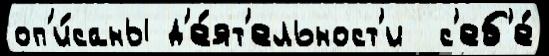
оп'и́саны д'е́ят'ельност'и  с'еб'е́